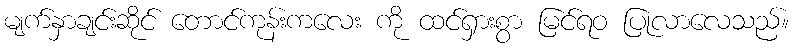
မျက်နှာချင်းဆိုင် တောင်ကုန်းကလေး ကို ထင်ရှားစွာ မြင်ရဝ ပြုလာလေသည်။